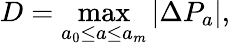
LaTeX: D=\operatorname*{max}_{a_{0}\leq a\leq a_{m}}|\Delta P_{a}|,